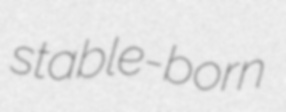
stable-born